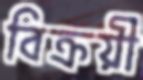
বিক্রয়ী